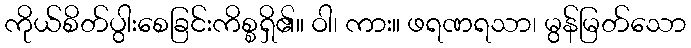
ကိုယ်စိတ်ပွါးစေခြင်းကိစ္စရှိ၏။ ဝါ၊ ကား။ ဖရဏရသာ၊ မွန်မြတ်သော